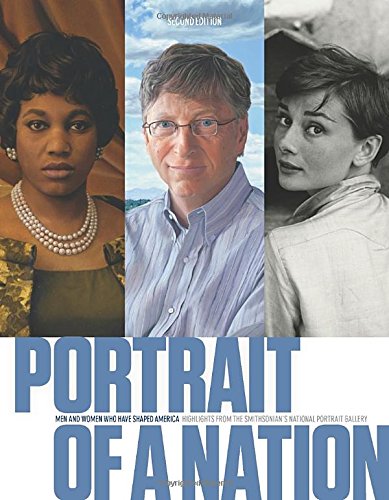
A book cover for Portrait of a Nation, Second Edition: Men and Women Who Have Shaped America; National Portrait Gallery; Arts & Photography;